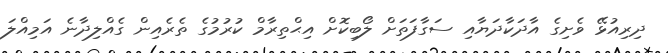
ދިރިއުޅޭ ވެށިގެ އާދަކާދަޔާއި ސަގާފަތަށް ލޯބިކޮށް އިޙްތިރާމް ކުރުމުގެ ތެރެއިން ގެއްލިދާނެ އަމިއްލަ